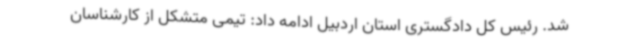
شد. رئیس کل دادگستری استان اردبیل ادامه داد: تیمی متشکل از کارشناسان